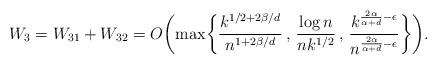
LaTeX: \begin{align*}W_3=W_{31}+W_{32} = O \biggl( \max \biggl\{ \frac{k^{1/2+2\beta/d}}{n^{1+2\beta/d}} \, , \, \frac{\log n}{nk^{1/2}} \, , \, \frac{k^{\frac{2 \alpha}{\alpha+d} - \epsilon}}{n^{ \frac{2 \alpha}{\alpha+d} - \epsilon}} \biggr\} \biggr).\end{align*}